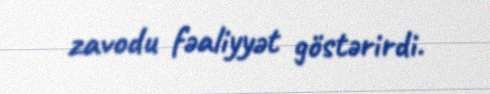
zavodu fəaliyyət göstərirdi.